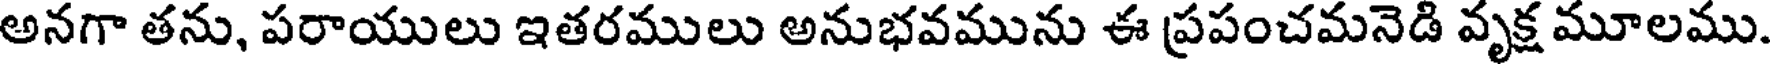
అనగా తను, పరాయులు ఇతరములు అనుభవమును ఈ ప్రపంచమనెడి వృక్ష మూలము.